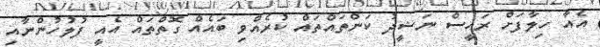
އެއާ ހިލާފަށް ރައީސް ނަޝީދު ކަންތައްތައް ކުރެއްވި ބައެއް ގޮތްތައް އެއީ ފުލުހުންނާއި